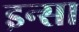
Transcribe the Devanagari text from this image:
इन्सा